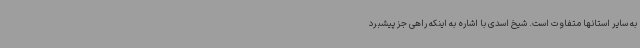
به سایر استانها متفاوت است. شیخ اسدی با اشاره به اینکه راهی جز پیشبرد